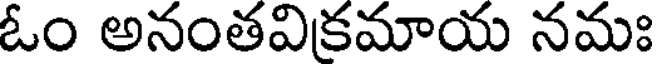
ఓం అనంతవికమాయ నమః